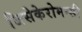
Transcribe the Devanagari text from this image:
जिसेकेरोमन्सी